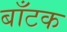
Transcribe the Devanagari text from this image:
बाँटक